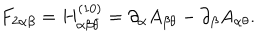
F _ { 2 \alpha \beta } = H _ { \alpha \beta \theta } ^ { ( 1 0 ) } = \partial _ { \alpha } A _ { \beta \theta } - \partial _ { \beta } A _ { \alpha \theta } .